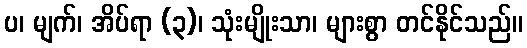
ပ၊ မျက်၊ အိပ်ရာ (၃)၊ သုံးမျိုးသာ၊ များစွာ တင်နိုင်သည်။